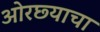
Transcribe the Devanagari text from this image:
ओरछ्याचा